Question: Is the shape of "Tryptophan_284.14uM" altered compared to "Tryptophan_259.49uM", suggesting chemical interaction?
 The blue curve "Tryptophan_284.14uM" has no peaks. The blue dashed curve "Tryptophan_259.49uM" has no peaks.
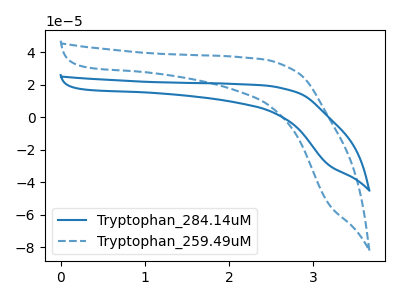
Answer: <think>Neither "Tryptophan_284.14uM" or "Tryptophan_259.49uM" have any peaks.
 </think>
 <answer>No, "Tryptophan_284.14uM" and "Tryptophan_259.49uM" don't appear to be significantly different in shape</answer>
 <eval>no_change</eval>